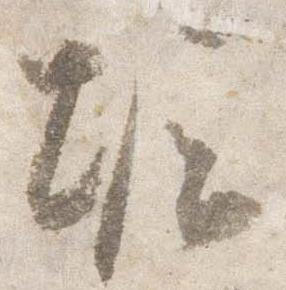
堀